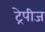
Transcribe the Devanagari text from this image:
ट्रेपीज